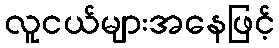
လူငယ်များအနေဖြင့်